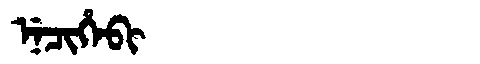
Manchu: ᠨᡝᠴᡳᡥᡝᠪᡳ
Romanization: NECIHEBI